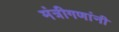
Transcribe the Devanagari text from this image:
मंत्रीगणांनी